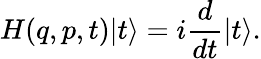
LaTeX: H(q,p,t)|t\rangle=i\frac{d}{dt}|t\rangle.